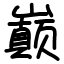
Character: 巅